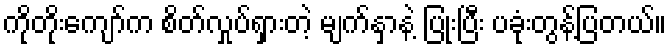
ကိုတိုးကျော်က စိတ်လှုပ်ရှားတဲ့ မျက်နှာနဲ့ ပြုံးပြီး ပခုံးတွန့်ပြတယ်။